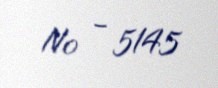
№ - 5145